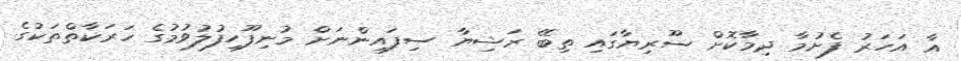
އާ އަހަރު ފެށުމާ ދިމާކޮށް ސޫރިޔާގައި ތިބޭ ރަޝިޔާ ސިފައިންނަށް މުނިފޫހިފުލުވުމުގެ ހަރަކާތްތަކުގެ